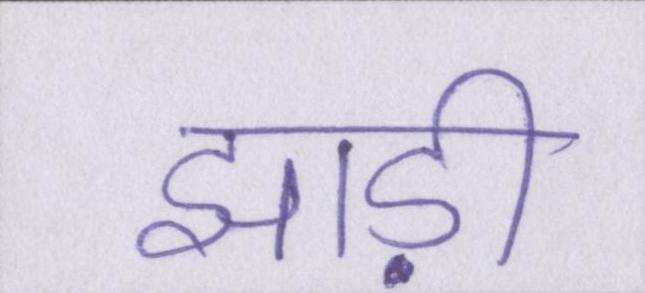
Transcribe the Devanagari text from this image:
झाड़ी